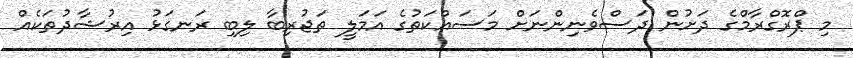
މި ޕްރޮގްރާމްގެ ދަށުން ދަސްވެނިންނަށް މަސައްކަތުގެ އަމަލީ ތަޖުރިބާ ލިބި ރަނގަޅު އިރުޝާދުތަކެއް